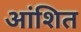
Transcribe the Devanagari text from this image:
आंशित